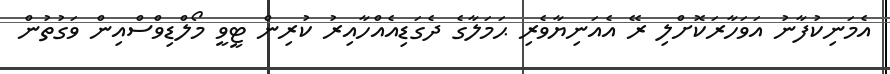
އެމަނިކުފާނު އަވަހާރަކޮށްލި ރޭ އެއަނިޔާވެރި ޙަމަލާގެ ދެގަޑިއެއްހާއިރު ކުރިން ޓީވީ މޯލްޑިވްސްއިން ވަގުތުން